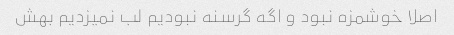
اصلا خوشمزه نبود و اگه گرسنه نبودیم لب نمیزدیم بهش